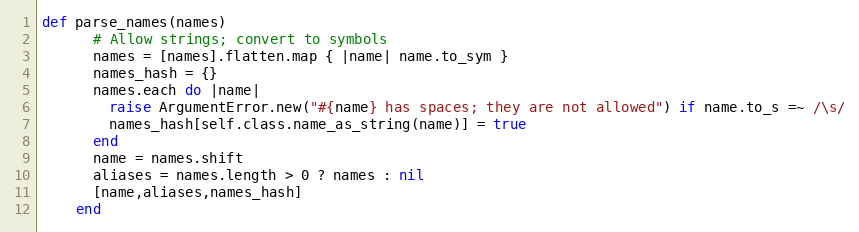
Language: Ruby
def parse_names(names)
      # Allow strings; convert to symbols
      names = [names].flatten.map { |name| name.to_sym }
      names_hash = {}
      names.each do |name|
        raise ArgumentError.new("#{name} has spaces; they are not allowed") if name.to_s =~ /\s/
        names_hash[self.class.name_as_string(name)] = true
      end
      name = names.shift
      aliases = names.length > 0 ? names : nil
      [name,aliases,names_hash]
    end